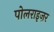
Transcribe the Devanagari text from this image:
पोलराइज़र